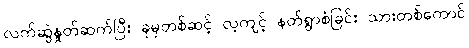
လက်ဆွဲနှုတ်ဆက်ပြီး ခုမှတစ်ဆင့် လ့ကျင့် နတ်ရွာစံခြင်း သားတစ်ကောင်